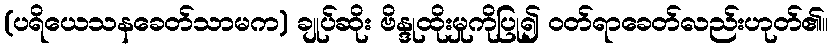
(ပရိယေသနခေတ်သာမက) ချုပ်ဆိုး ဗိန္ဒုထိုးမှုကိုပြု၍ ဝတ်ရာခေတ်လည်းဟုတ်၏။